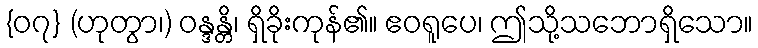
{၀၇} (ဟုတွာ၊) ဝန္ဒန္တိ၊ ရှိခိုးကုန်၏။ ဧဝရူပေ၊ ဤသို့သဘောရှိသော။